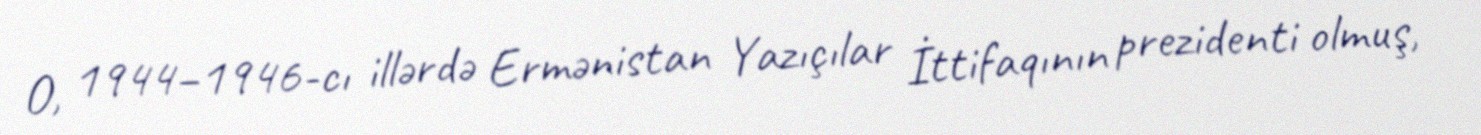
O, 1944–1946-cı illərdə Ermənistan Yazıçılar İttifaqının prezidenti olmuş,